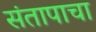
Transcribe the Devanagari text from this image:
संतापाचा